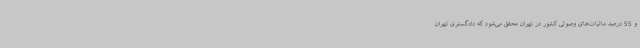
و 55 درصد مالیات‌های وصولی کشور در تهران محقق می‌شود که دادگستری تهران